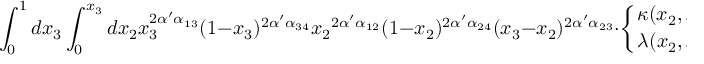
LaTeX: \int _ { 0 } ^ { 1 } d x _ { 3 } \int _ { 0 } ^ { x _ { 3 } } d x _ { 2 } x _ { 3 } ^ { 2 \alpha ^ { \prime } \alpha _ { 1 3 } } ( 1 - x _ { 3 } ) ^ { 2 \alpha ^ { \prime } \alpha _ { 3 4 } } { x _ { 2 } } ^ { 2 \alpha ^ { \prime } \alpha _ { 1 2 } } ( 1 - x _ { 2 } ) ^ { 2 \alpha ^ { \prime } \alpha _ { 2 4 } } ( x _ { 3 } - x _ { 2 } ) ^ { 2 \alpha ^ { \prime } \alpha _ { 2 3 } } \cdot \left\{ { \kappa ( x _ { 2 } , x _ { 3 } ) \atop \lambda ( x _ { 2 } , x _ { 3 } ) } \right\} ,